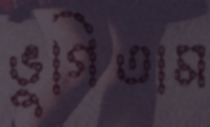
ভুগিতাম